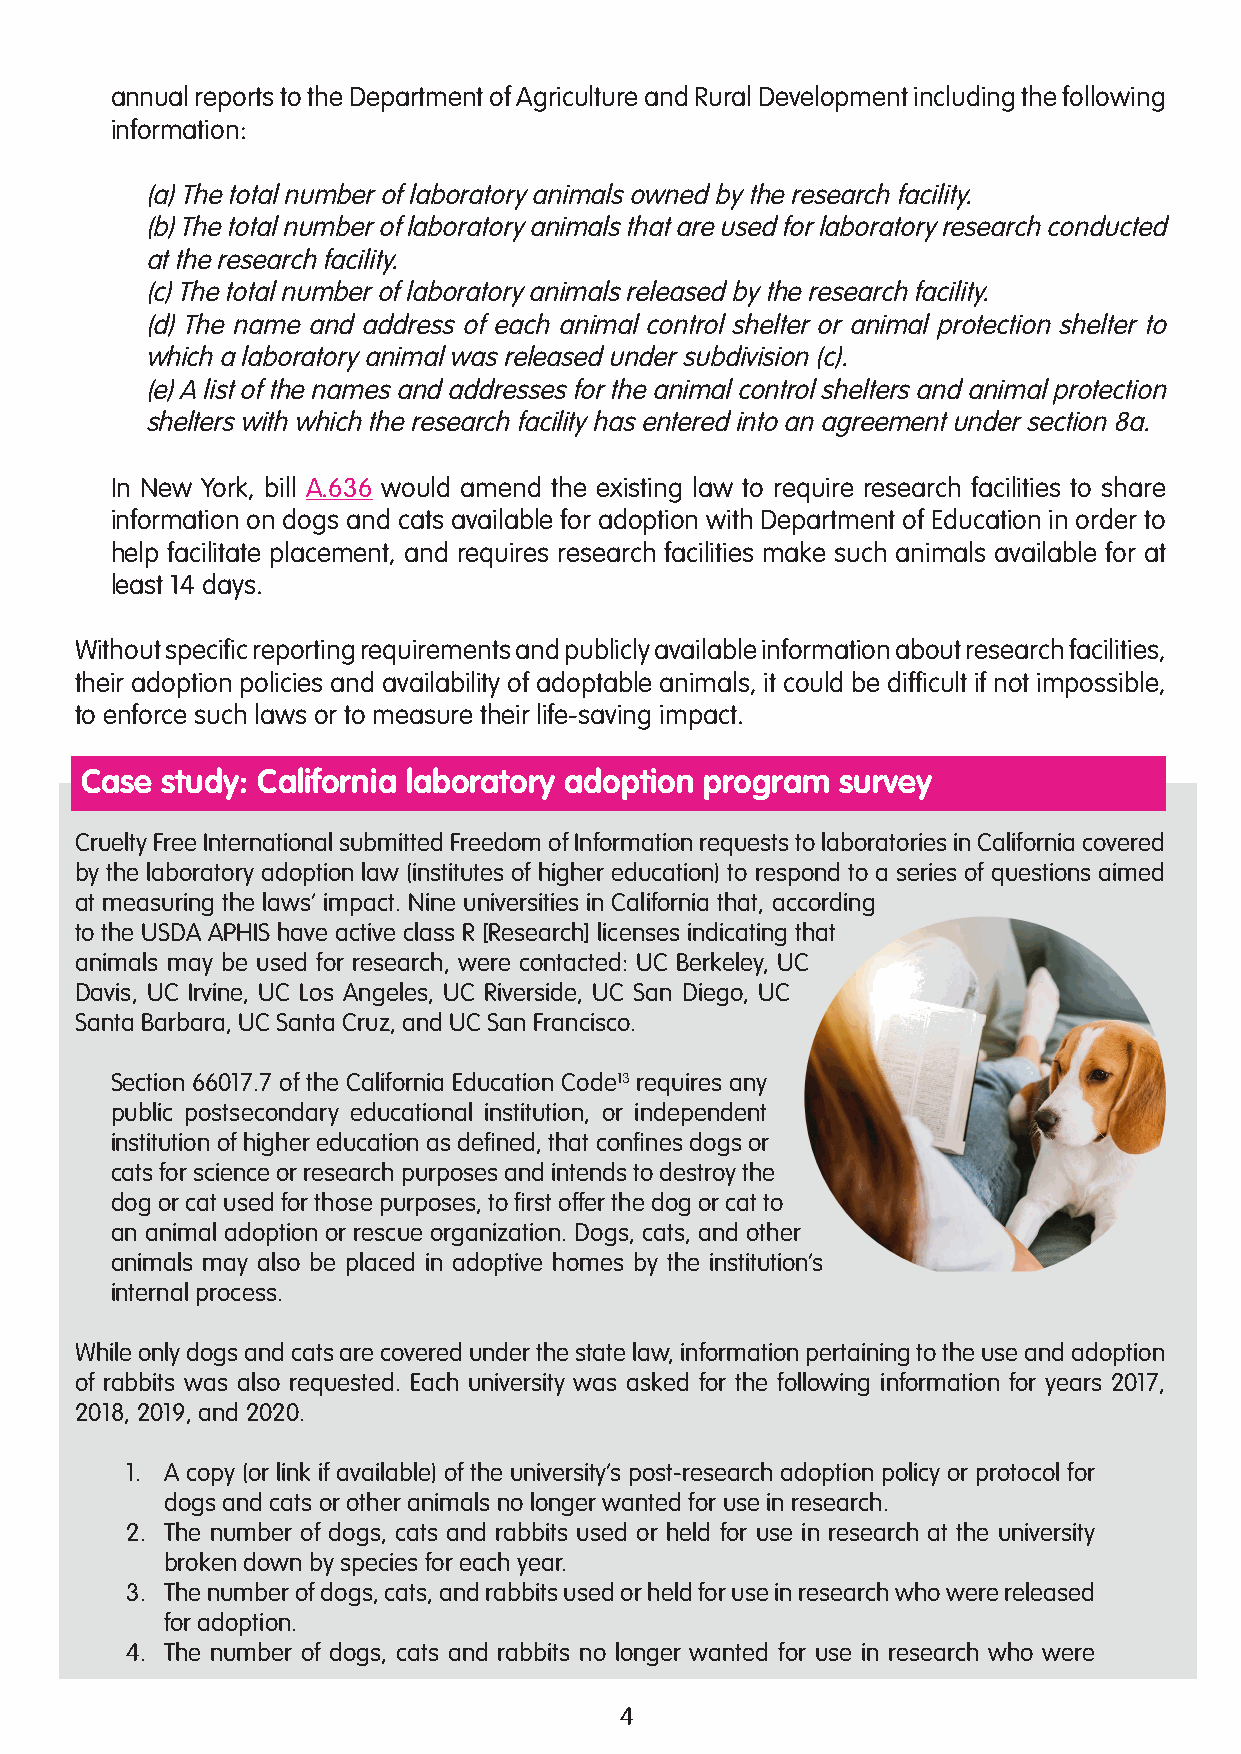
annual reports to the Department of Agriculture and Rural Development including the following
 information:
 (a) The total number of laboratory animals owned by the research facility.
 (b) The total number of laboratory animals that are used for laboratory research conducted
 at the research facility.
 (c) The total number of laboratory animals released by the research facility.
 (d) The name and address of each animal control shelter or animal protection shelter to
 which a laboratory animal was released under subdivision (c).
 (e) A list of the names and addresses for the animal control shelters and animal protection
 shelters with which the research facility has entered into an agreement under section 8a.
 In New York, bill A.636 would amend the existing law to require research facilities to share
 information on dogs and cats available for adoption with Department of Education in order to
 help facilitate placement, and requires research facilities make such animals available for at
 least 14 days.
 Without specific reporting requirements and publicly available information about research facilities,
 their adoption policies and availability of adoptable animals, it could be difficult if not impossible,
 to enforce such laws or to measure their life-saving impact.
 Case  study: California laboratory adoption program survey
 Cruelty Free International submitted Freedom of Information requests to laboratories in California covered
 by the laboratory adoption law (institutes of higher education) to respond to a series of questions aimed
 at measuring the laws’ impact. Nine universities in California that, according
 to the USDA APHIS have active class R [Research] licenses indicating that
 animals may be used for research, were contacted: UC Berkeley, UC
 Davis, UC Irvine, UC Los Angeles, UC Riverside, UC San Diego, UC
 Santa Barbara, UC Santa Cruz, and UC San Francisco.
 Section 66017.7 of the California Education Code13 requires any
 public postsecondary educational institution, or independent
 institution of higher education as defined, that confines dogs or
 cats for science or research purposes and intends to destroy the
 dog or cat used for those purposes, to first offer the dog or cat to
 an animal adoption or rescue organization. Dogs, cats, and other
 animals may also be placed in adoptive homes by the institution’s
 internal process.
 While only dogs and cats are covered under the state law, information pertaining to the use and adoption
 of rabbits was also requested. Each university was asked for the following information for years 2017,
 2018, 2019, and 2020.
 1. A copy (or link if available) of the university’s post-research adoption policy or protocol for
 dogs and cats or other animals no longer wanted for use in research.
 2. The number of dogs, cats and rabbits used or held for use in research at the university
 broken down by species for each year.
 3. The number of dogs, cats, and rabbits used or held for use in research who were released
 for adoption.
 4. The number of dogs, cats and rabbits no longer wanted for use in research who were
 4